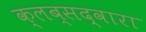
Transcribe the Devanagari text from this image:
क्लब्सद्वारा